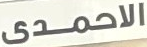
الاحمدى